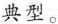
典型。